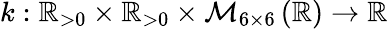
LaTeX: \mathcal{k}:\mathbb{R}_{>0}\times\mathbb{R}_{>0}\times\mathcal{M}_{6\times 6}\left(\mathbb{R}\right)\to\mathbb{R}